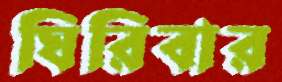
ঘিরিবার